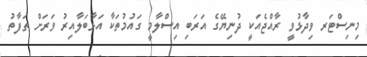
މިނިސްޓަރ ވިދާޅުވީ ރާއްޖެއަކީ ދުނިޔޭގެ އަރަބި އިސްލާމީ ގައުމުތަކާ އަޅާބަލާއިރު ވަރަށް ތަފާތު